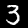
Label: 3